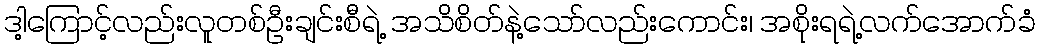
ဒါ့ကြောင့်လည်းလူတစ်ဦးချင်းစီရဲ့ အသိစိတ်နဲ့သော်လည်းကောင်း၊ အစိုးရရဲ့လက်အောက်ခံ